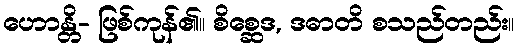
ဟောန္တိ- ဖြစ်ကုန်၏။ စိစ္ဆေဒ, ဒဓာတိ စသည်တည်း။